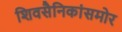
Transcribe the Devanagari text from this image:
शिवसैनिकांसमोर